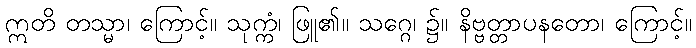
ဣတိ တသ္မာ၊ ကြောင့်။ သုက္ကံ၊ ဖြူ၏။ သဂ္ဂေ၊ ၌။ နိဗ္ဗတ္တာပနတော၊ ကြောင့်။